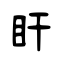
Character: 盰